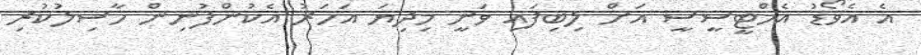
އެ އެވޯޑު އެމްޓީސީސީ އަށް ލިބިފައި ވަނީ މިދިޔަ އަހަރު އެކުންފުނިން ހާސިލުކުރި